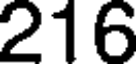
216